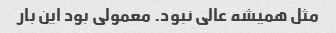
مثل همیشه عالی نبود. معمولی بود این بار